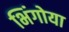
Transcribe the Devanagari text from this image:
भिंगोया